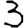
Digit: 3